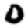
Digit: 0